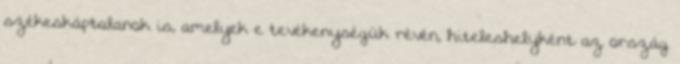
székeskáptalanok is, amelyek e tevékenységük révén, hiteleshelyként az ország